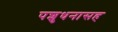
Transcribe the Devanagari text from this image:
पशुधनासह